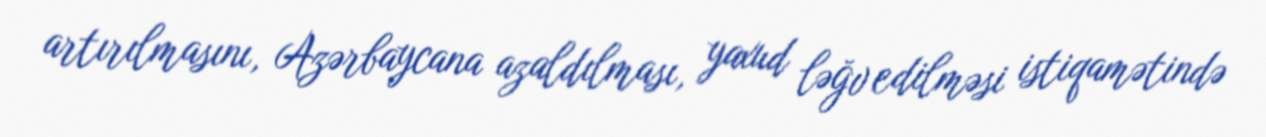
artırılmasını, Azərbaycana azaldılması, yaxud ləğv edilməsi istiqamətində